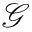
\mathcal { G }